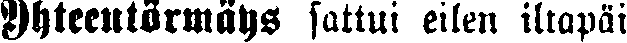
Yhteentörmäys sattui eilen iltapäi